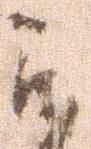
被